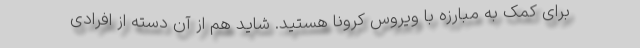
برای کمک به مبارزه با ویروس کرونا هستید. شاید هم از آن دسته از افرادی